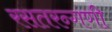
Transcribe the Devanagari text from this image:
रसतरन्गणी